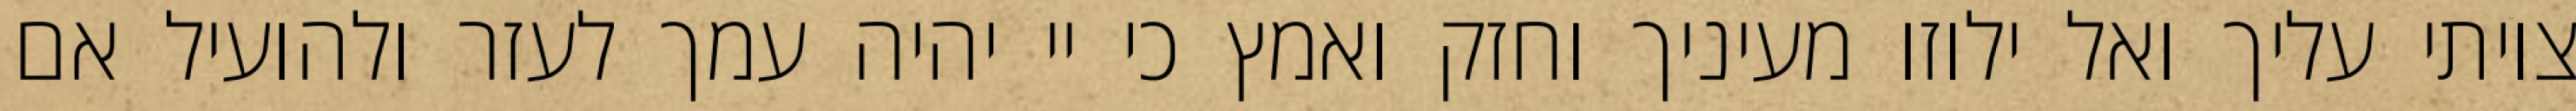
צויתי עליך ואל ילוזו מעיניך וחזק ואמץ כי יי יהיה עמך לעזר ולהועיל אם